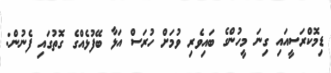
ޑިމޮކްރަސީއައި ގިނަ މީހުންގެ ބައިވެރި ވުމަށް ހުރަސް އަޅާ ބޭފުޅެއްގެ ގޮތުގައި ފެނުން: